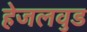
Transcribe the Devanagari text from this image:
हेजलवुड